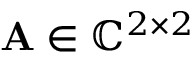
\ensuremath { \mathbf { A } } \in \mathbb { C } ^ { 2 \times 2 }